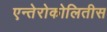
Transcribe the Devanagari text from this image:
एन्तेरोकोलितीस